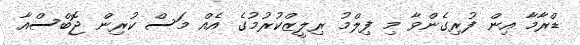
ޑްރާމާ އިން ފުރިގެންވާ މި ފިލްމު ރިލީޒްކުރުމުގެ އެއް މަސް ކުރިން ޖޮބްސްއާ